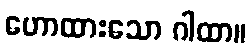
ဟောထားသော ဂါထာ။